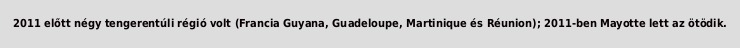
2011 előtt négy tengerentúli régió volt (Francia Guyana, Guadeloupe, Martinique és Réunion); 2011-ben Mayotte lett az ötödik.